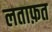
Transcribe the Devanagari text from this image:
लताफ़त